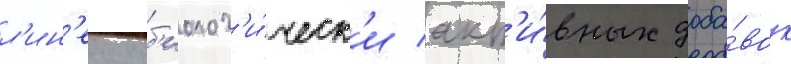
л'ин'еику б'иолог'и́ческ'и акт'и́вных доба́вок